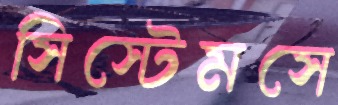
সিস্টেমসে